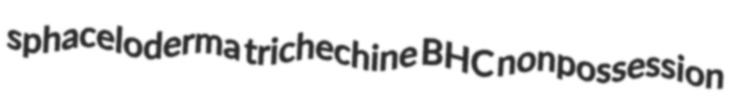
sphaceloderma trichechine BHC nonpossession